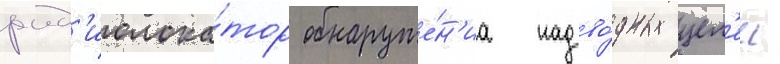
рад'иолока́тор обнаруже́н'иа надво́дных цел'еи